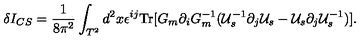
\delta I _ { C S } = \frac { 1 } { 8 \pi ^ { 2 } } \int _ { T ^ { 2 } } d ^ { 2 } x \epsilon ^ { i j } \mathrm { T r } [ G _ { m } \partial _ { i } G _ { m } ^ { - 1 } ( { \cal U } _ { s } ^ { - 1 } \partial _ { j } { \cal U } _ { s } - { \cal U } _ { s } \partial _ { j } { \cal U } _ { s } ^ { - 1 } ) ] .